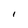
Character: I